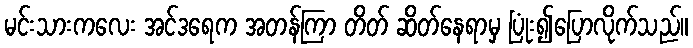
မင်းသားကလေး အင်ဒရေက အတန်ကြာ တိတ် ဆိတ်နေရာမှ ပြုံး၍ပြောလိုက်သည်။